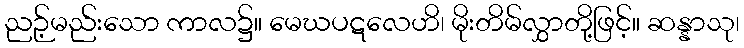
ညဉ့်မည်းသော ကာလ၌။ မေဃပဋလေဟိ၊ မိုးတိမ်လွှာတို့ဖြင့်။ ဆန္နာသု၊